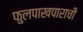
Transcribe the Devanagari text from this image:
फुलपाखपाराची